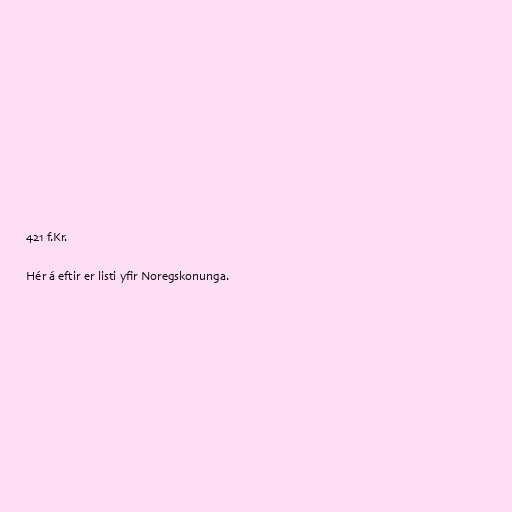
421 f.Kr.

Hér á eftir er listi yfir Noregskonunga.